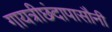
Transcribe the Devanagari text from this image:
गायत्रीछंदापासौनी